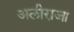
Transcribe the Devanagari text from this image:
अलीराजा